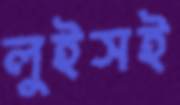
লুইসই